Report of the Indian Hemp Drugs Commission, 1894-1895 - Volume VII
Year: 1894
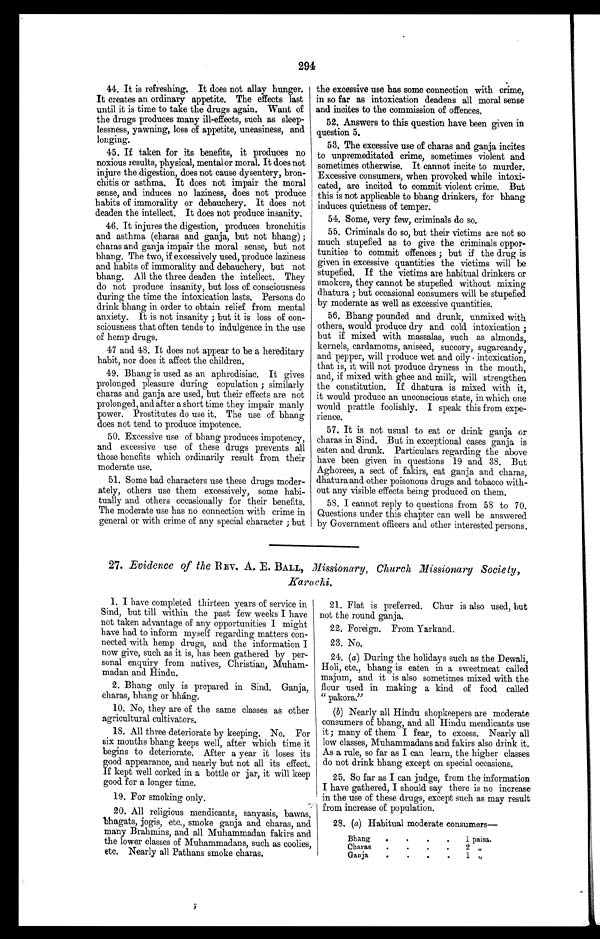
294
4 4 . I t i s r e f r e s h i n g . I t d o e s n o t a l l a y h u n g e r .
It creates an ordinary appetite. The effects last
until it is time to take the drugs again. Want of
the drugs produces many ill-effects, such as sleep-
lessness, yawning, loss of appetite, uneasiness, and
longing.
45. If taken for its benefits, it produces no
noxious results, physical, mental or moral. It does not
injure the digestion, does not cause dysentery, bron-
chitis or asthma. It does not impair the moral
sense, and induces no laziness, does not produce
habits of immorality or debauchery. It does not
deaden the intellect. It does not produce insanity.
46. It injures the digestion, produces bronchitis
and asthma (charas and ganja, but not bhang);
charas and ganja impair the moral sense, but not
bhang. The two, if excessively used, produce laziness
and habits of immorality and debauchery, but not
bhang. All the three deaden the intellect. They
do not produce insanity, but loss of consciousness
during the time the intoxication lasts. Persons do
drink bhang in order to obtain relief from mental
anxiety. It is not insanity; but it is loss of con-
sciousness that often tends to indulgence in the use
of hemp drugs.
47 and 48. It does not appear to be a hereditary
habit, nor does it affect the children.
49. Bhang is used as an aphrodisiac. It gives
prolonged pleasure during copulation; similarly
charas and ganja are used, but their effects are not
prolonged, and after a short time they impair manly
power. Prostitutes do use it. The use of bhang
does not tend to produce impotence.
50. Excessive use of bhang produces impotency,
and excessive use of these drugs prevents all
those benefits which ordinarily result from their
moderate use.
51. Some bad characters use these drugs moder-
ately, others use them excessively, some habi-
tually and others occasionally for their benefits.
The moderate use has no connection with crime in
general or with crime of any special character; but
the excessive use has some connection with crime,
in so far as intoxication deadens all moral sense
and incites to the commission of offences.
52. Answers to this question have been given in
question 5.
53. The excessive use of charas and ganja incites
to unpremeditated crime, sometimes violent and
sometimes otherwise. It cannot incite to murder.
Excessive consumers, when provoked while intoxi-
cated, are incited to commit violent crime. But
this is not applicable to bhang drinkers, for bhang
induces quietness of temper.
54. Some, very few, criminals do so.
55. Criminals do so, but their victims are not so
much stupefied as to give the criminals oppor-
tunities to commit offences; but if the drug is
given in excessive quantities the victims will be
stupefied. If the victims are habitual drinkers or
smokers, they cannot be stupefied without mixing
dhatura; but occasional consumers will be stupefied
by moderate as well as excessive quantities.
56. Bhang pounded and drunk, unmixed with
others, would produce dry and cold intoxication;
but if mixed with massalas, such as almonds,
kernels, cardamoms, aniseed, succory, sugarcandy,
and pepper, will produce wet and oily intoxication,
that is, it will not produce dryness in the mouth,
and, if mixed with ghee and milk, will strengthen
the constitution. If dhatura is mixed with it,
it would produce an unconscious state, in which one
would prattle foolishly. I speak this from expe-
rience.
57. It is not usual to eat or drink ganja or
charas in Sind. But in exceptional cases ganja is
eaten and drunk. Particulars regarding the above
have been given in questions 19 and 38. But
Aghorees, a sect of fakirs, eat ganja and charas,
dhatura and other poisonous drugs and tobacco with-
out any visible effects being produced on them.
58. I cannot reply to questions from 58 to 70.
Questions under this chapter can well be answered
by Government officers and other interested persons.
27. Evidence of the REV. A. E. BALL, Missionary, Church Missionary Society,
Karachi.
1. I have completed thirteen years of service in
Sind, but till within the past few weeks I have
not taken advantage of any opportunities I might
have had to inform myself regarding matters con-
nected with hemp drugs, and the information I
now give, such as it is, has been gathered by per-
sonal enquiry from natives, Christian, Muham-
madan and Hindu.
2. Bhang only is prepared in Sind. Ganja,
charas, bhang or bháng.
10. No, they are of the same classes as other
agricultural cultivators.
18. All three deteriorate by keeping. No. For
six months bhang keeps well, after which time it
begins to deteriorate. After a year it loses its
good appearance, and nearly but not all its effect.
If kept well corked in a bottle or jar, it will keep
good for a longer time.
19. For smoking only.
20. All religious mendicants, sanyasis, bawas,
bhagats, jogis, etc., smoke ganja and charas, and
many Brahmins, and all Muhammadan fakirs and
the lower classes of Muhammadans, such as coolies,
e t c . N e a r l y a l l P a t h a n s s m o k e c h a r a s .
21. Flat is preferred. Chur is also used, but
not the round ganja.
22. Foreign. From Yarkand.
23. No.
24. (a) During the holidays such as the Dewali,
Holi, etc., bhang is eaten in a sweetmeat called
majum, and it is also sometimes mixed with the
flour used in making a kind of food called
" p a k o r a . "
(b) Nearly all Hindu shopkeepers are moderate
consumers of bhang, and all Hindu mendicants use
it; many of them I fear, to excess. Nearly all
low classes, Muhammadans and fakirs also drink it.
As a rule, so far as I can learn, the higher classes
do not drink bhang except on special occasions.
25. So far as I can judge, from the information
I have gathered, I should say there is no increase
in the use of these drugs, except such as may result
from increase of population.
28. (a) Habitual moderate consumers
—
Bhang
.
.
.
.
1 paisa.
Charas .
.
.
.
2 „
Ganja
.
.
.
.
1 „